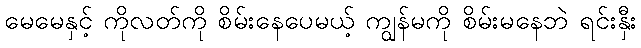
မေမေနှင့် ကိုလတ်ကို စိမ်းနေပေမယ့် ကျွန်မကို စိမ်းမနေဘဲ ရင်းနှီး